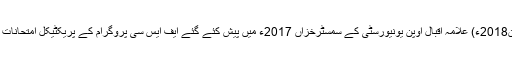
09 جون2018ء) علامہ اقبال اوپن یونیورسٹی کے سمسٹرخزاں 2017ء میں پیش کئے گئے ایف ایس سی پروگرام کے پریکٹیکل امتحانات بدہ 20۔